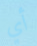
أي